Annual administration and progress report of the Indian Medical Department, Bombay
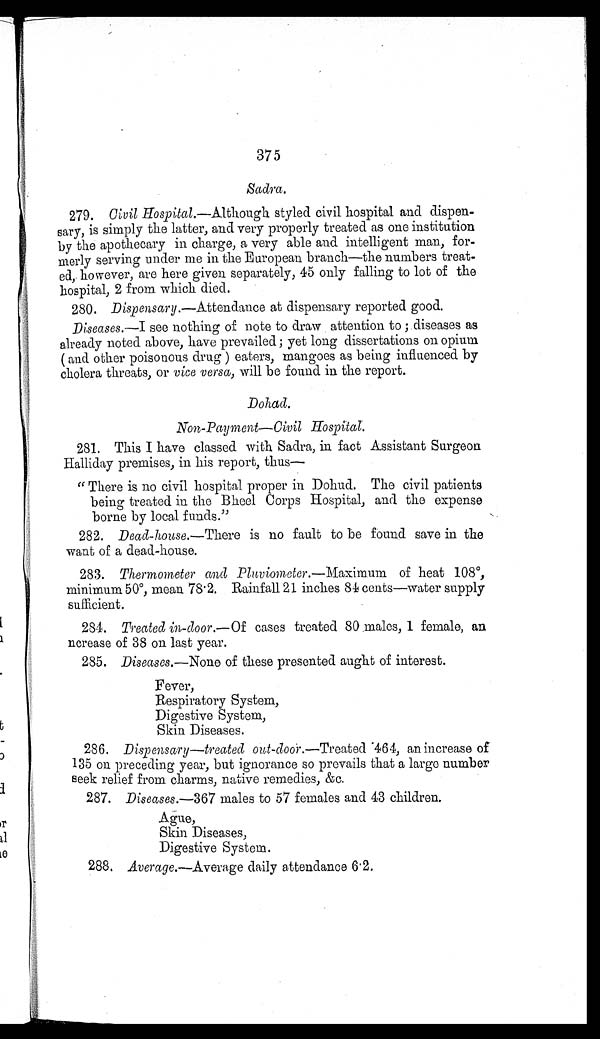
375
Sadra.
279. Civil Hospital.—Although styled civil hospital and dispen
- s a r y , i s s i m p l y t h e l a t t e r , a n d v e r y p r o p e r l y t r e a t e d a s o n e i n s t i t u t i o n
by the apothecary in charge, a very able and intelligent man, for
-merly serving under me in the European branch—the numbers treat
- e d , h o w e v e r , a r e h e r e g i v e n s e p a r a t e l y , 4 5 o n l y f a l l i n g t o l o t o f t h e
hospital, 2 from which died.
280. Dispensary .—Attendance at dispensary reported good.
D iseases .—I see nothing of note to draw attention to; diseases as
already noted above, have prevailed; yet long dissertations on opium
(and other poisonous drug) eaters, mangoes as being influenced by
cholera threats, or vice versa, will be found in the report.
Dohad.
Non-P yment—Civil hospital.
281. This I have classed with Sadra, in fact Assistant Surgeon
Halliday premises, in his report, thus
—
"There is no civil hospital proper in Dohud. The civil patients
being treated in the Bheel Corps Hospital, and the expense
borne by local funds."
282. Dead-house.—Ther
e i s no f a ul t t o be f ound s a ve i n t he
want of a dead-house.
283. Thermometer and Pluviometer .—Maximum of heat 108°,
minimum 50°, mean 78.2. Rainfall 21 inches 84 cents—water supply
sufficient.
284. Treated in-door .—Of cases treated 80 males, 1 female, an
ncrease of 38 on last year.
286. Diseases .—None of these presented aught of interest.
Fever,
Respiratory System,
Digestive System,
Skin Diseases.
286. Dispensary—treated out-door .—Treated 464, an increase of
135 on preceding year, but ignorance so prevails that a large number
seek relief from charms, native remedies, &c.
287. Diseases .—367 males to 57 females and 43 children.
Ague,
Skin Diseases,
Digestive System.
288. Average.—Average daily attendance 6.2.